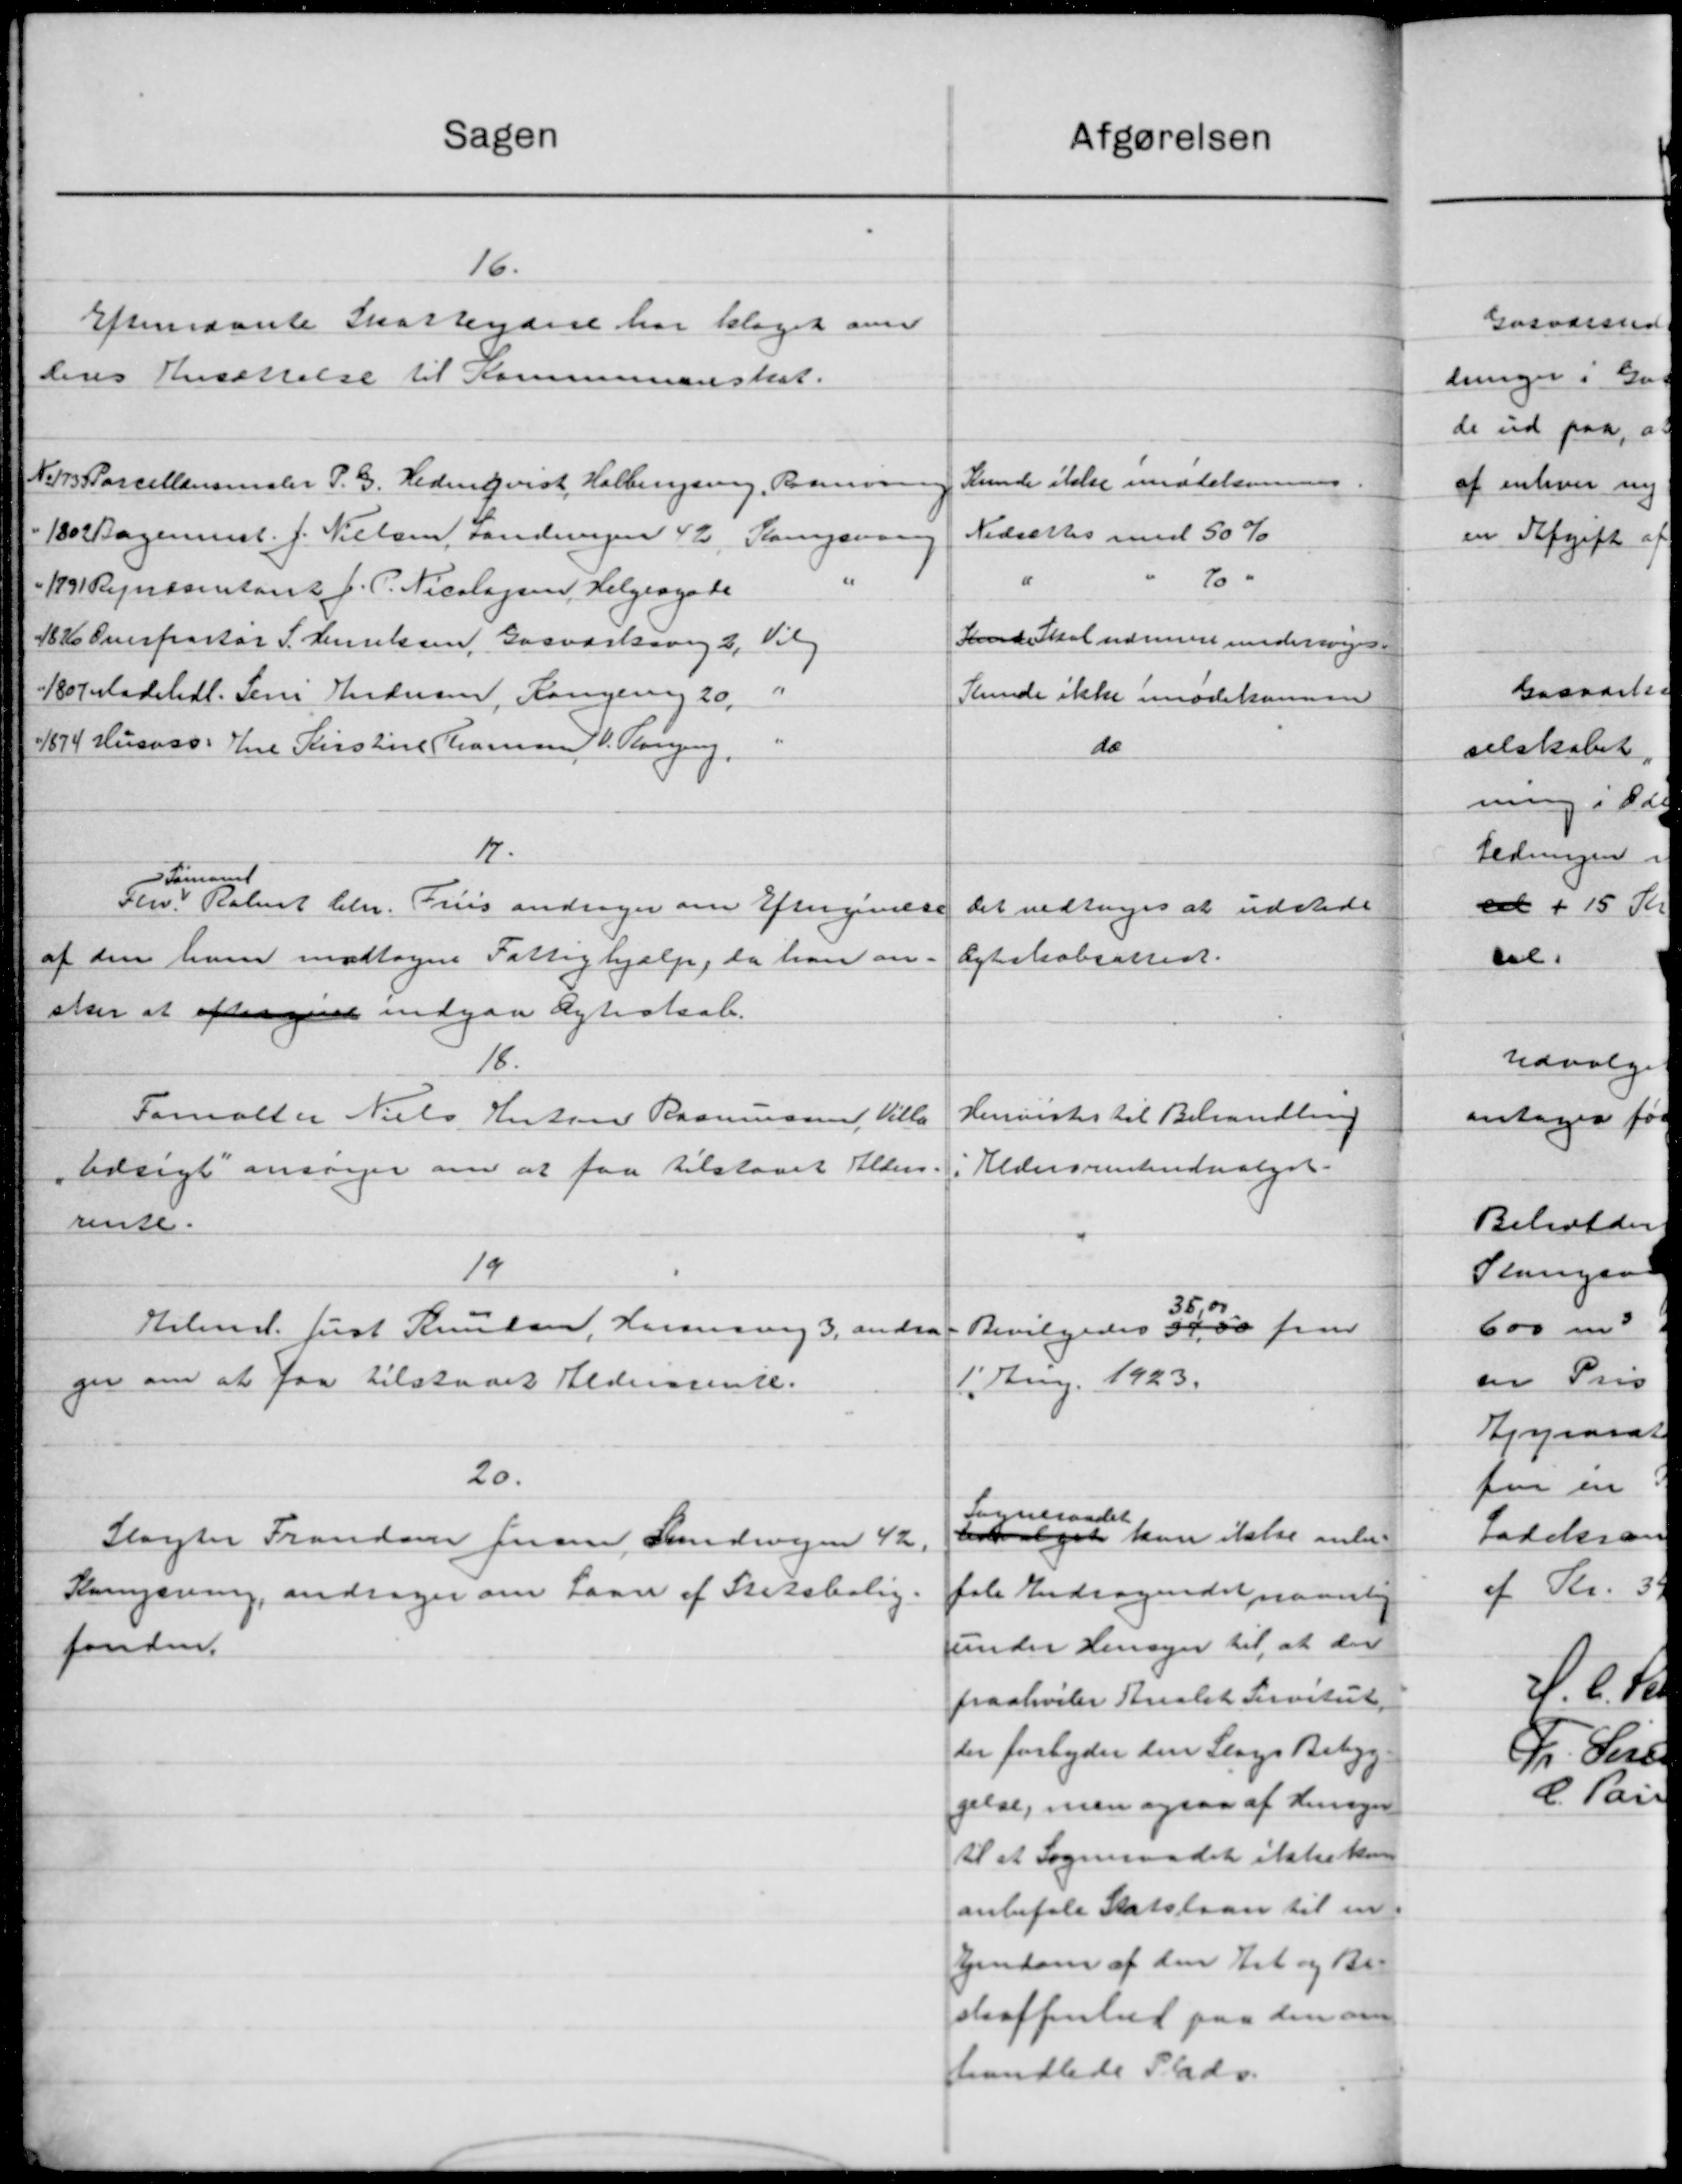
Transskription:
Sagen
16.
Efternævnte Skatteydere har klaget over
dens Ansættelse til Kommunenskat.
No 113 Parcellander P. G. Hedenqvist Halbergsing, Borum
180 Bagermst. J. Nielsen, Landringen 42, Kampering
1891 Regnæsentant J. P. Nicolajsen, Helgeagade
182 Overportør S. Henriksen, Gasværksvej 2, Vilg
1807. Madsehdl. Jens Andersen, Kongering 20,
"
1674 Husvas: Frue Kirstine Thomsen J. P. Ploven,
17.
Fomane
Fhv. Robert Chr. Friis andrager om Eftergivelse
af den ham modtagne Fattighjælp, da han an-
sker at eftergive indgaa Ægteskab.
18.
Forvalter Niels Hustru Rasmussen, Villa
tidsigt ansøger om at faa tilstaaet Alders-
rense.
19
Hilma Just Knudsen, Herning 3, andra
ger om at faa tilstaaet Aldersrente.
20.
Slagter Frandsen Jensen Lundsvejen 42.
Rensning, andrager om Laan af Statsbolig.
fonden.